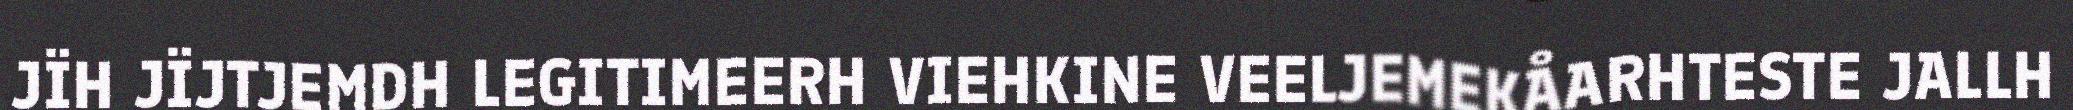
JÏH JÏJTJEMDH LEGITIMEERH VIEHKINE VEELJEMEKÅARHTESTE JALLH